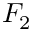
F _ { 2 }